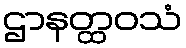
ဌာနတ္ထဝသံ